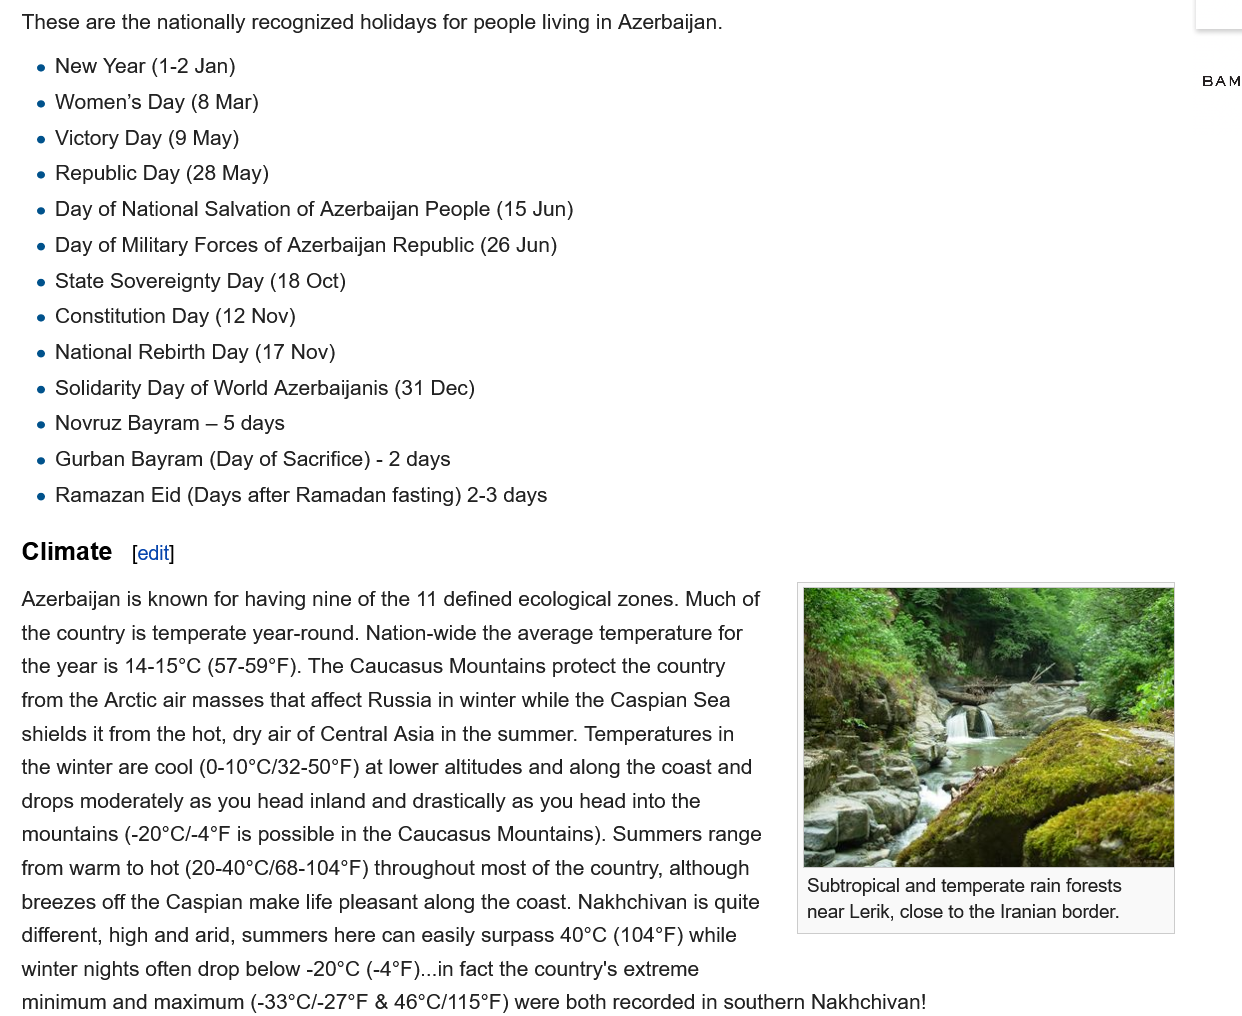
e New Year (1-2 Jan)
    e Women's Day (8 Mar)
    e Victory Day (9 May)
    e Republic Day (28 May)
    e Day of National Salvation of Azerbaijan People (15 Jun)
    e Day of Military Forces of Azerbaijan Republic (26 Jun)
    e State Sovereignty Day (18 Oct)
    e Constitution Day (12 Nov)
    e National Rebirth Day (17 Nov)
    e Solidarity Day of World Azerbaijanis (31 Dec)
    e Novruz Bayram —
     5 days
    e Gurban Bayram (Day of Sacrifice) -
     2 days
    e Ramazan Eid (Days after Ramadan fasting) 2-3 days
  Climate   [edit]
  Azerbaijan is known for having nine of the 11 defined ecological zones. Much of
  the country is temperate year-round. Nation-wide the average temperature for
  the year is 14-15°C (57-59°F). The Caucasus Mountains protect the country
  from the Arctic air masses that affect Russia in winter while the Caspian Sea
  shields it from the hot, dry air of Central Asia in the summer. Temperatures in
  the winter are cool (0-10°C/32-50°F) at lower altitudes and along the coast and
  drops moderately as you head inland and drastically as you head into the
  mountains (-20°C/-4°F is possible in the Caucasus Mountains). Summers range
  from warm to hot (20-40°C/68-104°F) throughout most of the country, although
  breezes off the Caspian make life pleasant along the coast. Nakhchivan is quite
  different, high and arid, summers here can easily surpass 40°C (104°F) while
  winter nights often drop below -20°C (-4°F)...in fact the country's extreme

     Subtropical and
     near Lerik, clos:
  minimum and maximum (-33°C/-27°F & 46°C/115°F) were both recorded in southern Nakhchivan!
     Subtropical and temperate rain forests
     near Lerik, close to the Iranian border.
  These are the nationally recognized holidays for people living in Azerbaijan.